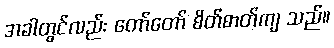
အခါတွင်လည်း တော်တော် စိတ်ဓာတ်ကျ သည်။